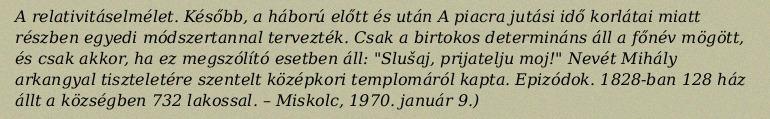
A relativitáselmélet. Később, a háború előtt és után A piacra jutási idő korlátai miatt részben egyedi módszertannal tervezték. Csak a birtokos determináns áll a főnév mögött, és csak akkor, ha ez megszólító esetben áll: "Slušaj, prijatelju moj!" Nevét Mihály arkangyal tiszteletére szentelt középkori templomáról kapta. Epizódok. 1828-ban 128 ház állt a községben 732 lakossal. – Miskolc, 1970. január 9.)